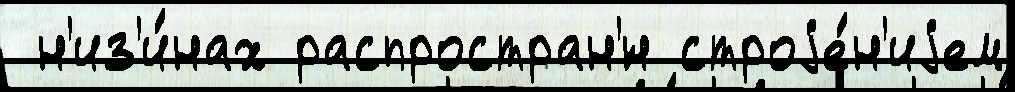
 н'из'и́нах распростран'́н строjе́н'иjем